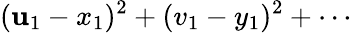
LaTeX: (\mathbf{u}_{1}-x_{1})^{2}+(v_{1}-y_{1})^{2}+\cdots